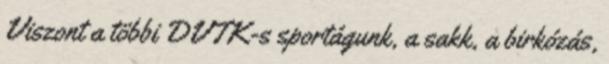
Viszont a többi DVTK-s sportágunk, a sakk, a birkózás,